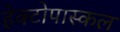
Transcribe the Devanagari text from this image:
हेक्टोपास्कल